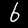
Digit: 6